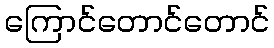
ကြောင်တောင်တောင်